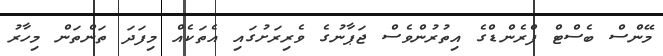
މޭންސް ބެސްޓް ފްރެންޑްގެ އިތުރުންވެސް ޖަޕާނުގެ ވެރިރަށުގައި އެތަކެއް މިފަދަ ތަންތަން މިހާރު